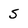
Character: 5